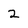
Character: 2